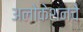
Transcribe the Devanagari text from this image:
अलोकेशनचे